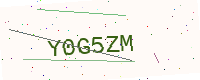
Text: Y0G5ZM